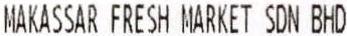
MAKASSAR FRESH MARKET SDN BHD